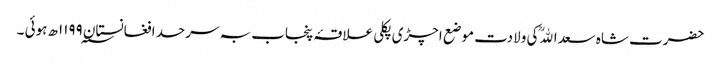
حضرت شاہ سعداﷲؒ کی ولادت موضع اچڑی پکلی علاقۂ پنجاب بہ سرحد افغانستان ۱۱۹۹؁ھ ہوئی ۔